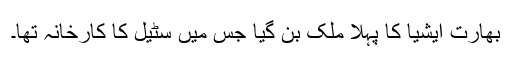
بھارت ایشیا کا پہلا ملک بن گیا جس میں سٹیل کا کارخانہ تھا۔